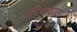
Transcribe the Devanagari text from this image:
आत्मपरता